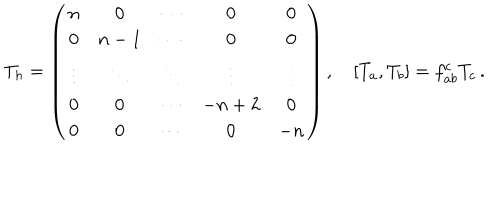
T _ { h } = \left( \begin{matrix} { { n } } & { { 0 } } & { { \cdots } } & { { 0 } } & { { 0 } } \\ { { 0 } } & { { n - 1 } } & { { \cdots } } & { { 0 } } & { { 0 } } \\ { { \vdots } } & { { \ddots } } & { { \ddots } } & { { \vdots } } & { { \vdots } } \\ { { 0 } } & { { 0 } } & { { \cdots } } & { { - n + 2 } } & { { 0 } } \\ { { 0 } } & { { 0 } } & { { \cdots } } & { { 0 } } & { { - n } } \\ \end{matrix} \right) , \quad [ T _ { a } , T _ { b } ] = f _ { a b } ^ { c } T _ { c } \, .